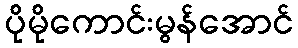
ပိုမိုကောင်းမွန်အောင်